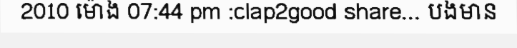
2010 ម៉ោង 07:44 pm :clap2good share... បងមាន